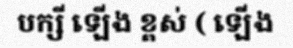
បក្សី ឡើង ខ្ពស់ ( ឡើង